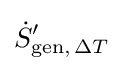
{\dot {S}}'_{\mathrm {gen} ,\,\Delta T}